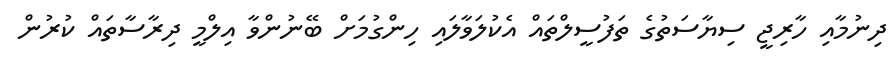
ދިނުމާއި ހާރިޖީ ސިޔާސަތުގެ ތަފުސީލްތައް އެކުލަވާލައި ހިންގުމަށް ބޭނުންވާ އިލްމީ ދިރާސާތައް ކުރުން